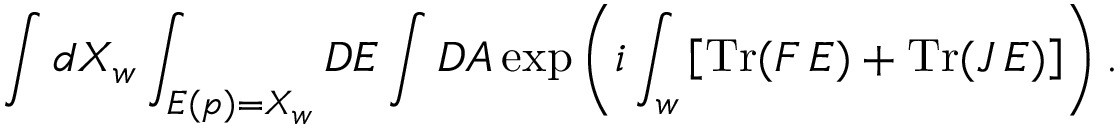
\int d X _ { w } \int _ { E ( p ) = X _ { w } } { \cal D } E \int { \cal D } A \exp \left( i \int _ { w } \left[ \mathrm { T r } ( F \, E ) + \mathrm { T r } ( J \, E ) \right] \right) .